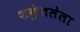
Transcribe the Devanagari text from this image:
शकुंतलेला